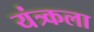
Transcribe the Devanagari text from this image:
यंत्र्कला